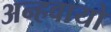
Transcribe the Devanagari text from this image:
अन्‍हवायो